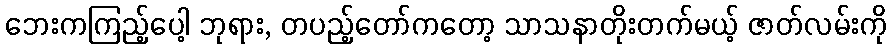
ဘေးကကြည့်ပေါ့ ဘုရား, တပည့်တော်ကတော့ သာသနာတိုးတက်မယ့် ဇာတ်လမ်းကို